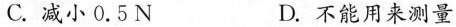
C.减小0.5N D.不能用来测量